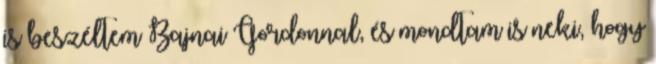
is beszéltem Bajnai Gordonnal, és mondtam is neki, hogy